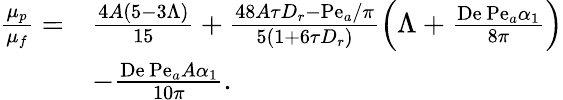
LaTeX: \begin{array}{rl}{\frac{\mu_{p}}{\mu_{f}}=}&{\frac{4A(5-3\Lambda)}{15}+\frac{48A\tau D_{r}-\mathrm{Pe}_{a}/\pi}{5\left(1+6\tau D_{r}\right)}\left(\Lambda+\frac{\mathrm{De}\, \mathrm{Pe}_{a}\alpha_{1}}{8\pi}\right)}\\ &{-\frac{\mathrm{De}\, \mathrm{Pe}_{a}A\alpha_{1}}{10\pi}.}\end{array}